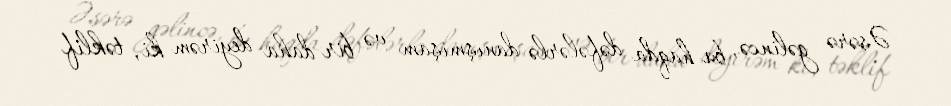
Əsərə gəlincə, bu haqda dəfələrlə danışmışam və bir daha deyirəm ki, təklif